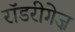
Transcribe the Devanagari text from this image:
रॉडरीगेज़